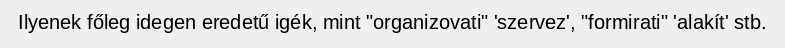
Ilyenek főleg idegen eredetű igék, mint "organizovati" 'szervez', "formirati" 'alakít' stb.